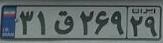
۳۱ق۲۶۹۲۹